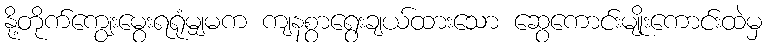
နို့တိုက်ကျွေးမွေးရရုံမျှမက ကျနစွာရွေးချယ်ထားသော ဆွေကောင်းမျိုးကောင်းထဲမှ